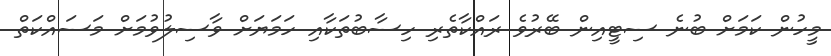
މީހުން ކަމަށް ބުނެ ސިޓީއިން ބޭރުވެ ރައްކާތެރި ހިސާބުތަކާއި ހަމަޔަށް ވާސިލުވުމަށް މަސައްކަތް